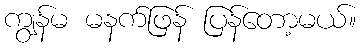
ကျွန်မ မနက်ဖြန် ပြန်တော့မယ်။